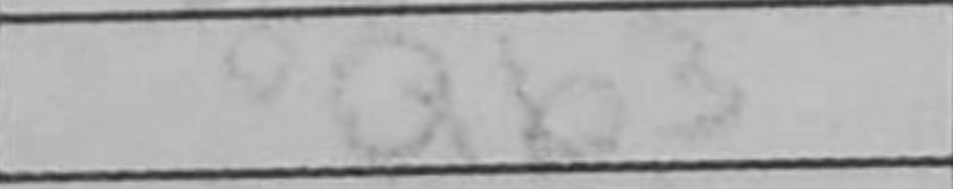
Transcription: Qb3